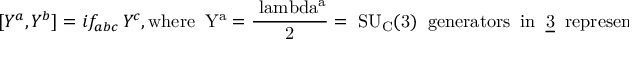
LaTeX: [ Y ^ { a } , Y ^ { b } ] = i f _ { a b c } \, Y ^ { c } , \mathrm { w h e r e \; \; \mit Y ^ { a } = \frac { \ l a m b d a ^ { a } } { 2 } = \; \mit S U _ { C } ( \mathrm { 3 ) \; \; \mathrm { g e n e r a t o r s \; \; i n \; \; \underline { { { 3 } } } \; \; r e p r e s e n t a t i o n } } }